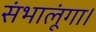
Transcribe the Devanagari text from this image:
संभालूंगा।